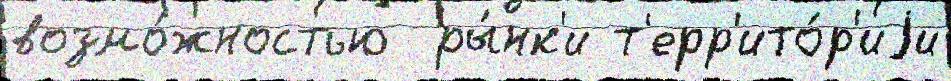
возмо́жностью  ры́нк'и т'ерр'ито́р'иjи